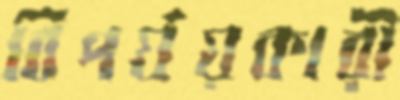
বিপর্যয়কারী